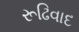
રૂઢિવાદ